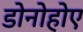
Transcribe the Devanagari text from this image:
डोनोहोए